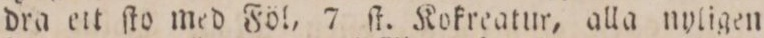
dra ett ſto med Föl, 7 ſt. Kokreatur, alla nyligen